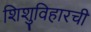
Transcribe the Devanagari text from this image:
शिशुविहारची